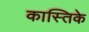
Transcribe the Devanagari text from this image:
कास्तिके